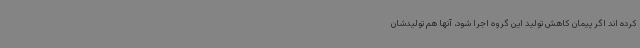
کرده اند اگر پیمان کاهش تولید این گروه اجرا شود، آنها هم تولیدشان